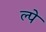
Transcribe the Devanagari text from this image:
ल्पे